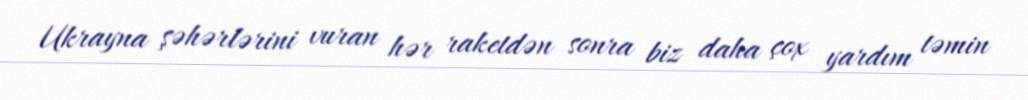
Ukrayna şəhərlərini vuran hər raketdən sonra biz daha çox yardım təmin